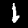
Digit: 1